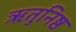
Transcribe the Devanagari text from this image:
ऋतुनिष्ठ